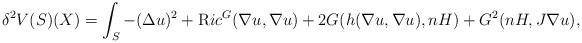
LaTeX: \begin{align*}\delta^2 V(S)(X)=\int_{S} -(\Delta u)^2 + {\mbox Ric}^G(\nabla u,\nabla u)+2G(h(\nabla u,\nabla u),nH)+G^2(nH,J\nabla u),\end{align*}